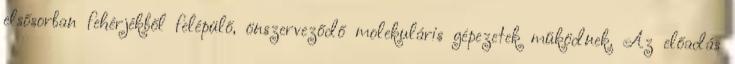
elsősorban fehérjékből felépülő, önszerveződő molekuláris gépezetek működnek. Az előadás